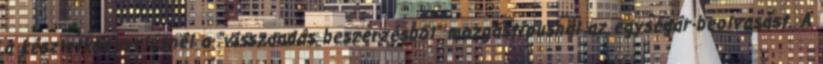
a készletkönyvelésnél a “visszaadás beszerzésből” mozgástípusnál az egységár-beolvasást. A